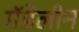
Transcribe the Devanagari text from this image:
मॅडेलीन